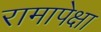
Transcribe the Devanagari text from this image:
रामापेक्षा